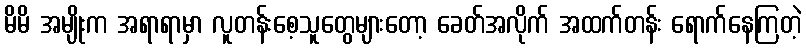
မိမိ အမျိုးက အရာရာမှာ လူတန်းစေ့သူတွေများတော့ ခေတ်အလိုက် အထက်တန်း ရောက်နေကြတဲ့